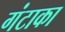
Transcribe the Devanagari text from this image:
गंटाका